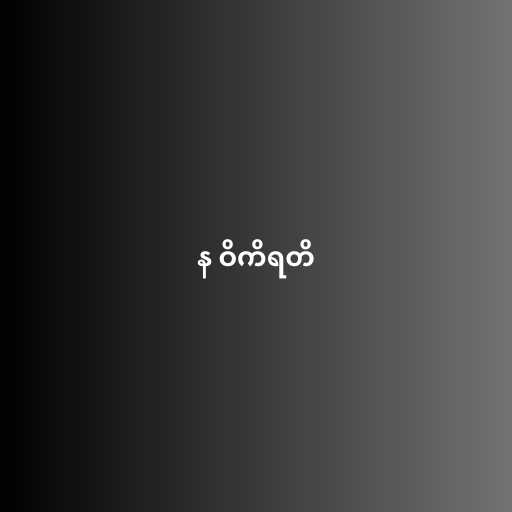
န ဝိကိရတိ